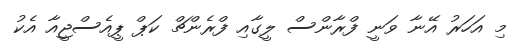
މި އަހަރު އޭނާ ވަނީ ފްރާންސް ލީގާއި ފްރެންޗް ކަޕް ޕީއެސްޖީއާ އެކު